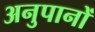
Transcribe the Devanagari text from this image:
अनुपानों